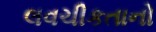
લવચીકતાનો